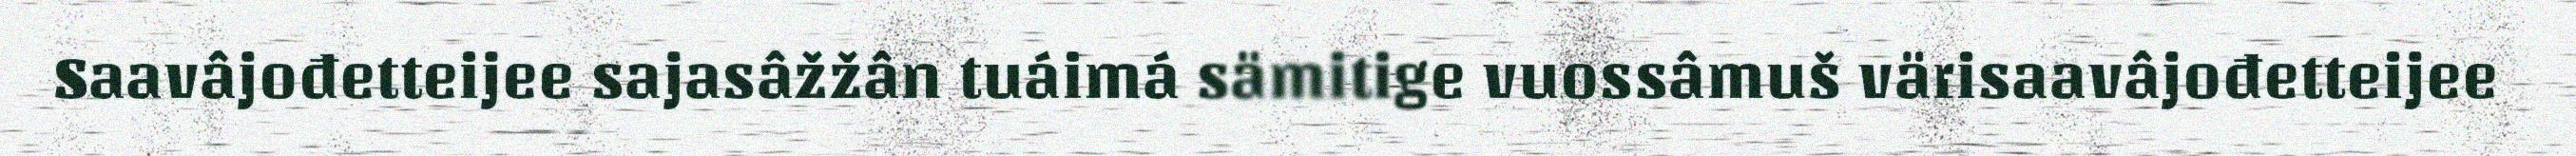
Saavâjođetteijee sajasâžžân tuáimá sämitige vuossâmuš värisaavâjođetteijee